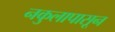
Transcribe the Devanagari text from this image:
नकुलापासून